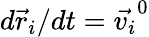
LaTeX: d\vec{r}_{i}/dt=\vec{v_{i}}^{0}